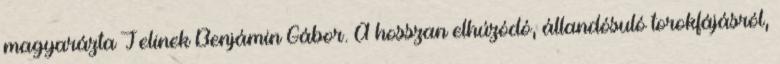
magyarázta Jelinek Benjámin Gábor. A hosszan elhúzódó, állandósuló torokfájásról,